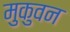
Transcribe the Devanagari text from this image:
मुकुवन